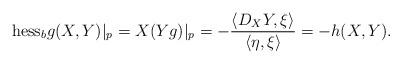
LaTeX: \begin{align*} \mathrm{hess}_bg(X,Y)|_p = X(Yg)|_p = - \frac{\langle D_XY,\xi\rangle}{\langle \eta,\xi\rangle} = -h(X,Y).\end{align*}